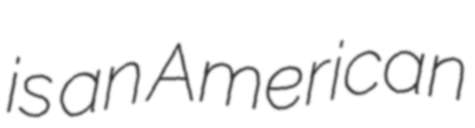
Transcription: is an American